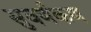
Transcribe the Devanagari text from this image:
सुवर्णकण